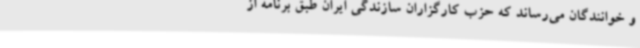
و خوانندگان می‌رساند که حزب کارگزاران سازندگی ایران طبق برنامه از